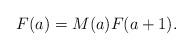
LaTeX: \begin{align*} F(a)=M(a)F(a+1).\end{align*}